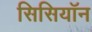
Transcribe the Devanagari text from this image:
सिसियॉन